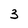
Character: 3